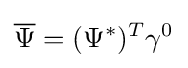
{\overline {\Psi }}=(\Psi ^{*})^{T}\gamma ^{0}